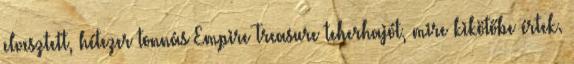
elvesztett, hétezer tonnás Empire Treasure teherhajót, mire kikötőbe értek.